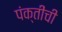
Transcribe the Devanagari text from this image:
पंक्तींची